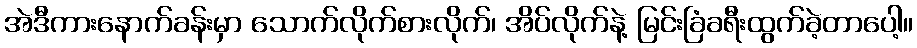
အဲဒီကားနောက်ခန်းမှာ သောက်လိုက်စားလိုက်၊ အိပ်လိုက်နဲ့ မြင်းခြံခရီးထွက်ခဲ့တာပေါ့။